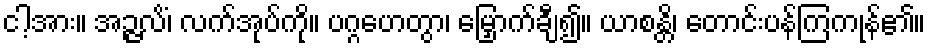
ငါ့အား။ အဉ္ဇလိံ၊ လက်အုပ်ကို။ ပဂ္ဂဟေတွာ၊ မြှောက်ချီ၍။ ယာစန္တိ၊ တောင်းပန်ကြကုန်၏။